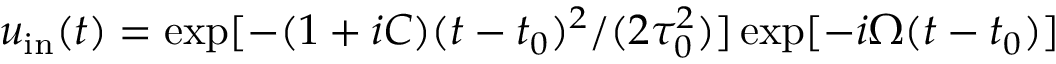
u _ { \mathrm { i n } } ( t ) = \exp [ - ( 1 + i C ) ( t - t _ { 0 } ) ^ { 2 } / ( 2 \tau _ { 0 } ^ { 2 } ) ] \exp [ - i \Omega ( t - t _ { 0 } ) ]